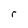
Character: r